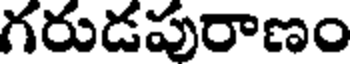
గరుడపురాణం